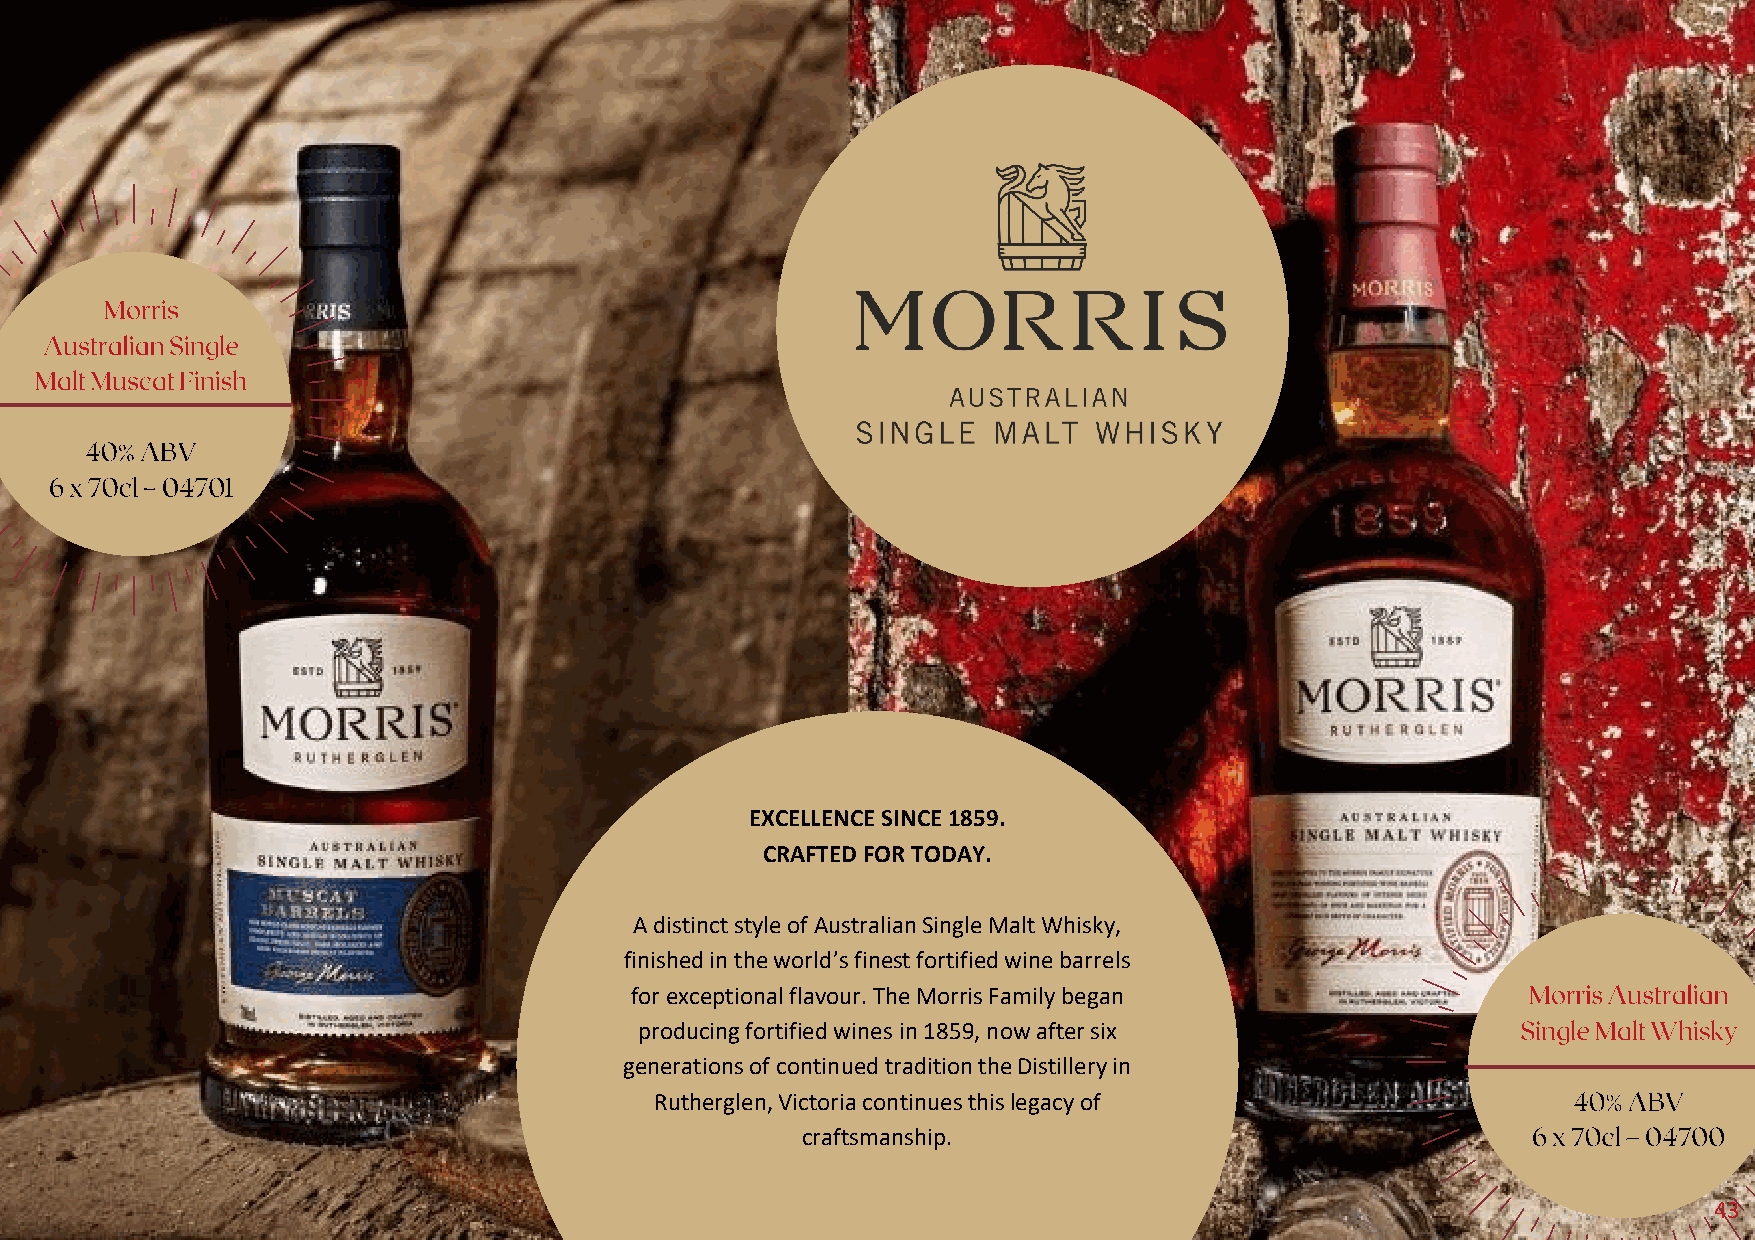
EXCELLENCE SINCE 1859.
 CRAFTED FOR TODAY.
 A distinct style of Australian Single Malt Whisky,
 finished in the world’s finest fortified wine barrels
 for exceptional flavour. The Morris Family began
 producing fortified wines in 1859, nowafter six
 generations of continued tradition the Distillery in
 Rutherglen, Victoria continues this legacy of
 craftsmanship.
 43